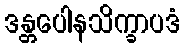
ဒန္တပေါနသိက္ခာပဒံ